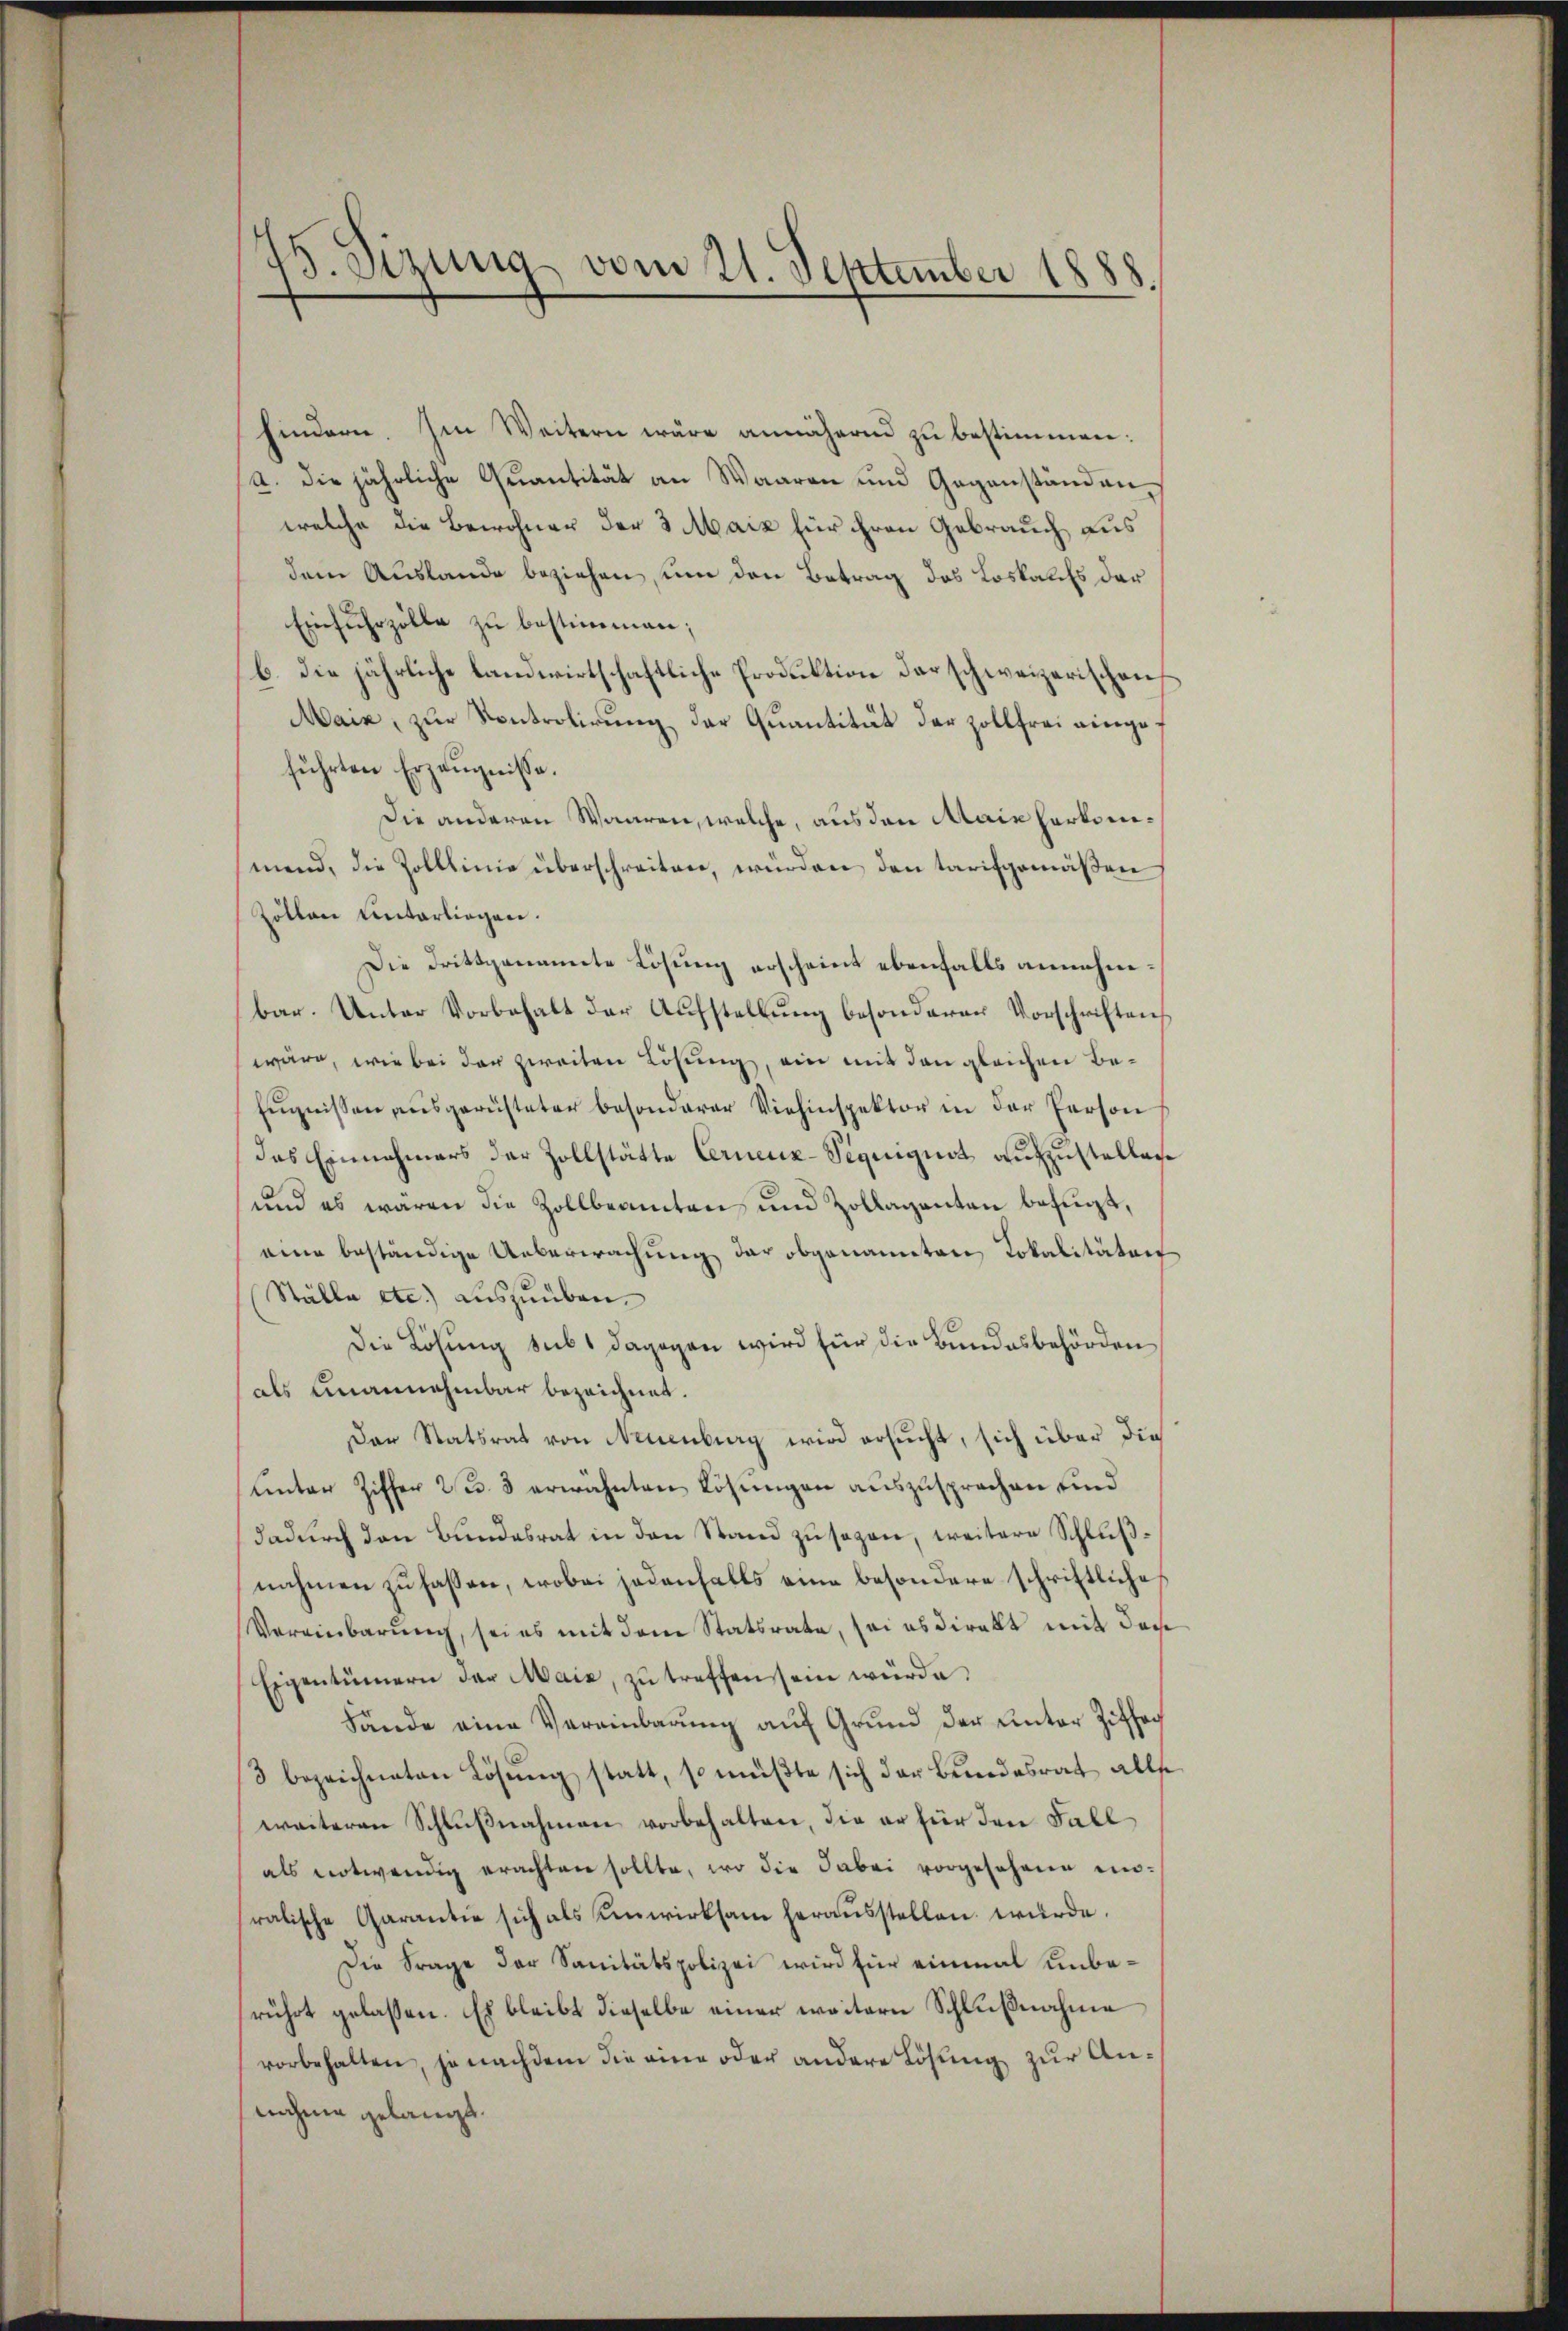
15. Sizung vom 21. September 1888.

hindern. Im Weitern wäre annäheren zu bestimmen:
a. die jährliche Quantität an Waaren und Gegenständenwelche die Bewohner der 3 Maiz für ihren Gebrauch aus
dem Auslande beziehen, um den Betrag des Loskaufs der
Einfuhrzölle zu bestimmen;
b. die jährliche landwirtschaftliche Produktion der schweizerischen
Maiz, zur Kontrolirung der Quantität der Zollfrei eingeführten Erzeugnisse.
Die anderen Waaren, welche, aus den Mainhartemmend, die Zolllinie überschreiten, würden den tarifgemäßen
Zöllen Unterliegen.
Die drittgenannte Lösung erscheint ebenfalls annehmbar. Unter Vorbehalt der Aŭfstellŭng besonderer Vorschriften
wäre, wie bei der zweiten Lösung, ein mit den gleichen Be¬
Eŭgnissen aŭsgerüsteter besonderer Viehinspektor in der Person
das Einnahmers der Zollstätte Cernenz-Siquiguot aufzustellen
und es waren die Zollbeamten und Zollaganten befugt,
eine beständige Ueberwachung der obgenannten Lokalitäten
Ställe etc.) auszuüben.
Die Lösung sub dagegen wird für die Bundesbehörden
als unannehmbar bezeichnet.
Der Statsrat von Neuenburg wird ersucht, sich über die
unter Ziffer 23. 3 erwähnten Lösungen auszusprochen sind
dadurch den Bundesrat in den Stand zusagen, weitere Schlußnahmen zu fassen, wobei jedenfalls eine besondere schriftliche
Vereinbarung, sei es mit dem Statsrate, sei es direkt mit der
Eigentümern der Mais, zu treffen sein würde,
Lände eine Vereinbarung auf Grund der unter Ziffer
3 bezeichneten Lösŭng statt, so müßte sich der Bundesrat allse
weiteren Schlußnahmen vorbehalten, die er für den Fall
als notwendig erachten sollte, wo die dabei vorgesehene einralische Garantie sich als Einwirksam herausstellen würde.
Die Frage der Sanitätspolizei wird für einmal unberührt gelassen. Es bleibt dieselbe einer weitern Schlußnahme
vorbehalten, je nachdem die eine oder andere Lösung zur Annahme gelangt.